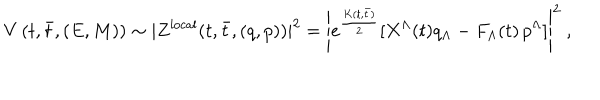
V \left( t , \bar { t } , ( E , M ) \right) \sim | Z ^ { \mathrm { l o c a l } } ( t , \bar { t } , ( q , p ) ) | ^ { 2 } = \left| e ^ { \frac { K ( t , \bar { t } ) } { 2 } } [ X ^ { \Lambda } ( t ) q _ { \Lambda } - F _ { \Lambda } ( t ) \, p ^ { \Lambda } ] \right| ^ { 2 } \ ,